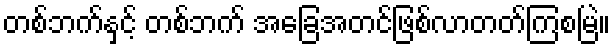
တစ်ဘက်နှင့် တစ်ဘက် အခြေအတင်ဖြစ်လာတတ်ကြစမြဲ။